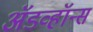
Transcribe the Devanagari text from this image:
ॲडव्हॉन्स